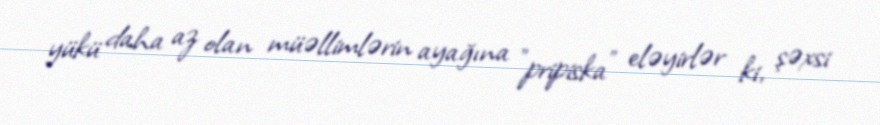
yükü daha az olan müəllimlərin ayağına ”pripiska" eləyirlər ki, şəxsi